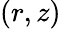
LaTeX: (r,z)